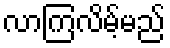
လာကြလိမ့်မည်